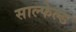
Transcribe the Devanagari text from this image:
साल्फेल्ड